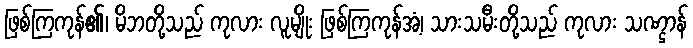
ဖြစ်ကြကုန်၏၊ မိဘတို့သည် ကုလား လူမျိုး ဖြစ်ကြကုန်အံ့၊ သားသမီးတို့သည် ကုလား သဏ္ဌာန်